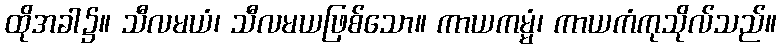
ထိုအခါ၌။ သီလမယံ၊ သီလမယဖြစ်သော။ ကာယကမ္မံ၊ ကာယကံကုသိုလ်သည်။